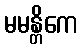
မမန္တိကေ